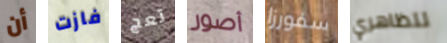
أن فازت تعج أصور سفورزا تتظاهري